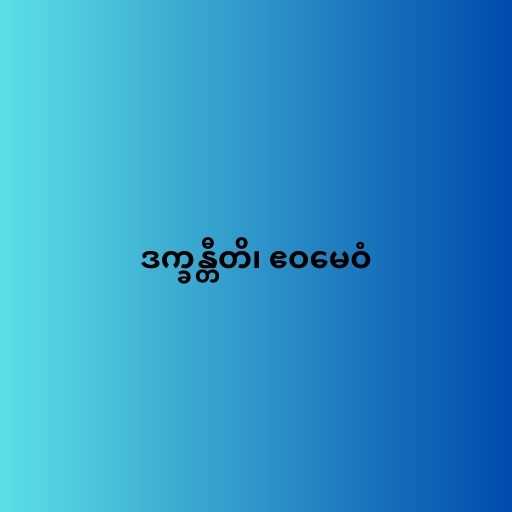
ဒက္ခန္တီတိ၊ ဧဝမေဝံ